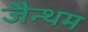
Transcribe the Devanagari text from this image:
जैन्थम